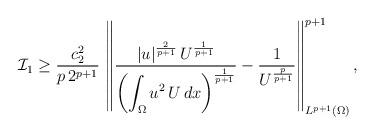
LaTeX: \begin{align*}\mathcal{I}_1\ge \frac{c^2_2}{p\,2^{p+1}}\,\left\|\frac{|u|^\frac{2}{p+1}\, U^\frac{1}{p+1}}{\displaystyle\left(\int_\Omega u^2\, U\, dx\right)^\frac{1}{p+1}}-\frac{1}{U^\frac{p}{p+1}}\right\|^{p+1}_{L^{p+1}(\Omega)},\end{align*}